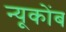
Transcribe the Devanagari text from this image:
न्यूकोंब